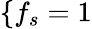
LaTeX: \{ f_{s}=1